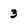
Character: 3